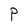
Character: P